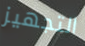
التجهيز